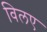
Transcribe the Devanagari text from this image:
विलए